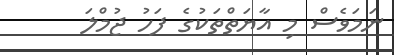
ނަމަވެސް މި އާޔަތްތަކުގެ ފަހު ޖުމްލަ